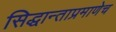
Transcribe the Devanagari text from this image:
सिद्धान्ताप्रमाणेच